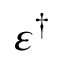
\varepsilon ^ { \dagger }